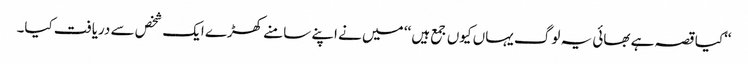
‘‘کیا قصہ ہے بھائی یہ لوگ یہاں کیوں جمع ہیں ‘‘ میں نے اپنے سامنے کھڑے ایک شخص سے دریافت کیا۔